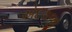
એદલજી